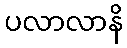
ပလာလာနိ